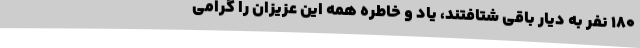
180 نفر به دیار باقی شتافتند، یاد و خاطره همه این عزیزان را گرامی